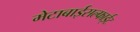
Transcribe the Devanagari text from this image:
मेटाबाईसल्फाईट